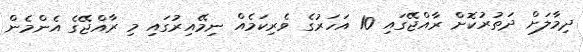
ދިމާލަށް ދަތުރުކޮށް ރާއްޖޭގައި 10 އަހަރުގެ ވެރިކަމެއް ނިމޭއިރުގައި މި ރާއްޖޭގެ އެންމެން